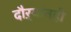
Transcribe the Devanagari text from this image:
दौऱ्यांतही